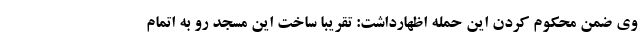
وی ضمن محکوم کردن این حمله اظهارداشت: تقریبا ساخت این مسجد رو به اتمام